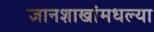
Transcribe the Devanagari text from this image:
ज्ञानशाखांमधल्या